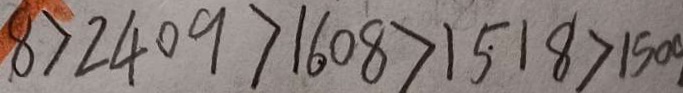
8 > 2 4 0 9 > 1 6 0 8 > 1 5 1 8 > 1 5 0 0